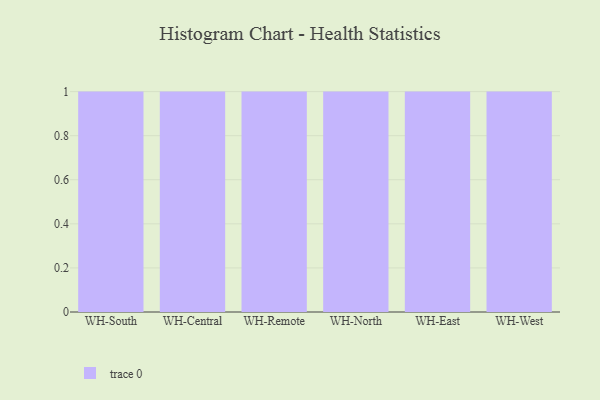
{"axis": {"x": "Warehouse", "y": "Net Income (USD K)"}, "legend": [""], "data": [{"x": "WH-South", "y": 74, "type": ""}, {"x": "WH-Central", "y": 56, "type": ""}, {"x": "WH-Remote", "y": 83, "type": ""}, {"x": "WH-North", "y": 79, "type": ""}, {"x": "WH-East", "y": 26, "type": ""}, {"x": "WH-West", "y": 93, "type": ""}]}